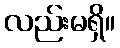
လည်းမရှိ။